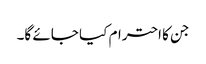
جن کا احترام کیا جائے گا۔